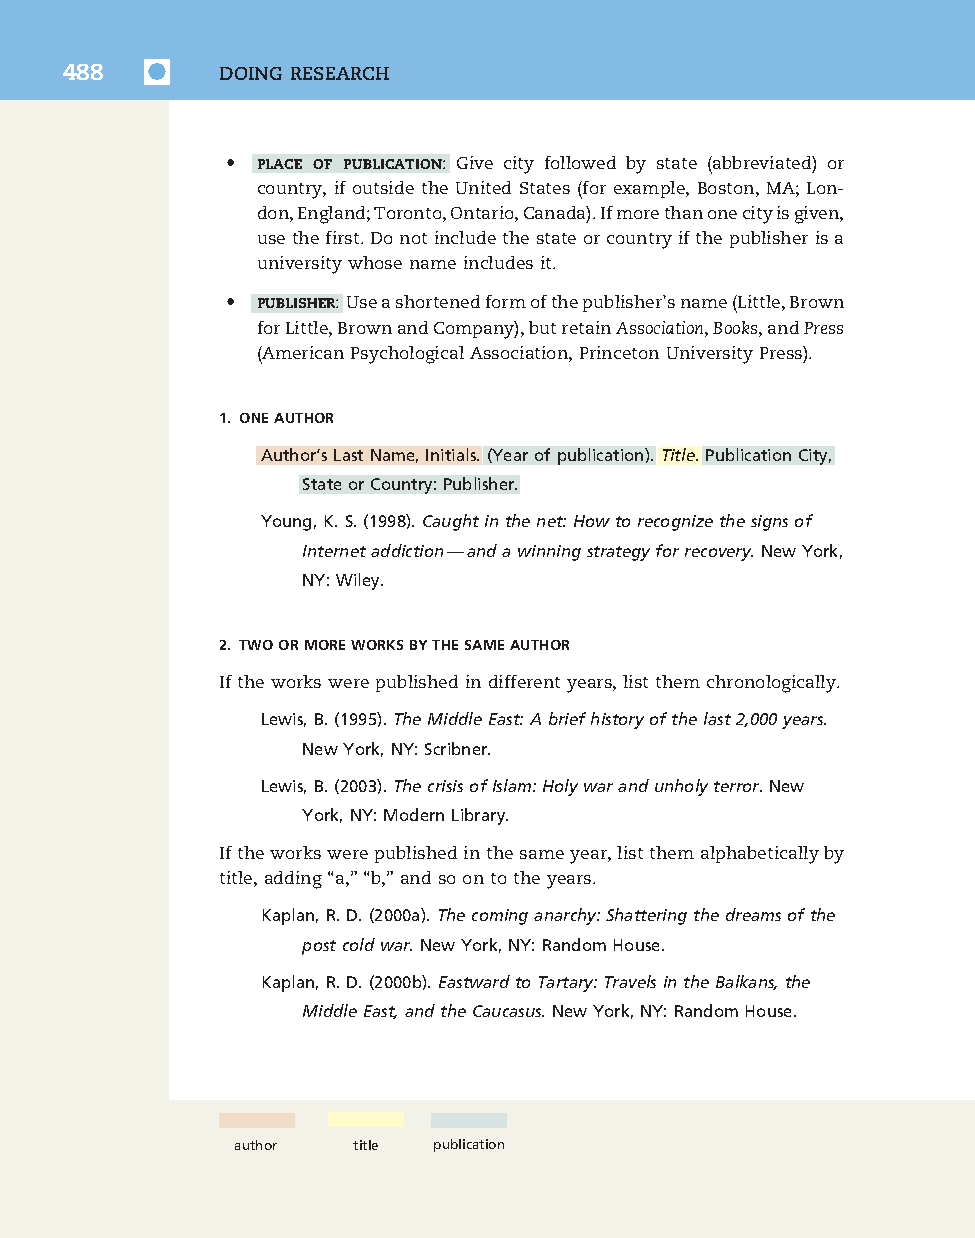
7830_50_p477-520_Q4-7:7830_50_p477-520_Q4-7 10/16/09 3:34 PM Page 488
 488        DOING RESEARCH
 • PLACE OF PUBLICATION: Give city followed by state (abbreviated) or
 country, if outside the United States (for example, Boston, MA; Lon-
 don,England;Toronto,Ontario,Canada).Ifmorethanonecityisgiven,
 usethefirst.Donotincludethestateorcountryifthepublisherisa
 universitywhosenameincludesit.
 • PUBLISHER:Useashortenedformofthepublisher’sname(Little,Brown
 forLittle,BrownandCompany),butretainAssociation,Books,andPress
 (AmericanPsychologicalAssociation,PrincetonUniversityPress).
 1. ONEAUTHOR
 Author’sLastName,Initials.(Yearofpublication).Title.PublicationCity,
 StateorCountry:Publisher.
 Young,K.S.(1998).Caughtinthenet:Howtorecognizethesignsof
 Internetaddiction—andawinningstrategyforrecovery.NewYork,
 NY:Wiley.
 2. TWOORMOREWORKSBYTHESAMEAUTHOR
 Iftheworkswerepublishedindifferentyears,listthemchronologically.
 Lewis,B.(1995).TheMiddleEast:Abriefhistoryofthelast2,000years.
 NewYork,NY:Scribner.
 Lewis,B.(2003).ThecrisisofIslam:Holywarandunholyterror.New
 York,NY:ModernLibrary.
 Iftheworkswerepublishedinthesameyear,listthemalphabeticallyby
 title,adding“a,”“b,”andsoontotheyears.
 Kaplan,R.D.(2000a).Thecominganarchy:Shatteringthedreamsofthe
 postcoldwar.NewYork,NY:RandomHouse.
 Kaplan,R.D.(2000b).EastwardtoTartary:TravelsintheBalkans,the
 MiddleEast,andtheCaucasus.NewYork,NY:RandomHouse.
 author  title publication